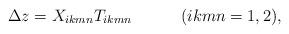
LaTeX: \begin{align*}\Delta z=X_{ikmn}T_{ikmn}~~~~~~~~~(ikmn=1,2),\end{align*}